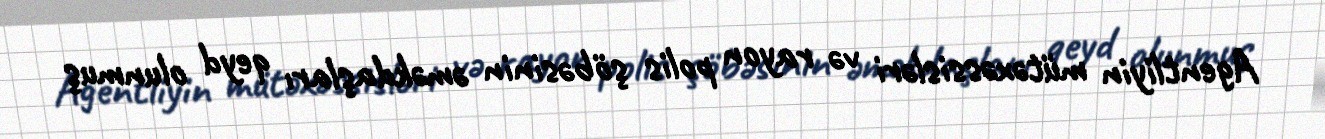
Agentliyin mütəxəssisləri və rayon polis şöbəsinin əməkdaşları qeyd olunmuş